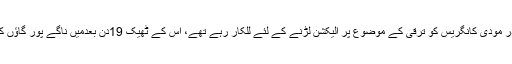
16 اکتوبر کو گجرات میں وزیر اعظم نریندر مودی کانگریس کو ترقی کے موضوع پر الیکشن لڑنے کے لئے للکار رہے تھے، اس کے ٹھیک 19دن بعدمیں ناگے پور گاؤں کے لوگوں سے ترقی کا مطلب پوچھ رہا تھا۔